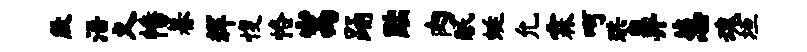
殷浯义幡暮辉愎恪嵩踊黜肉眠蜓允霖呵珙鼻葱魂垣